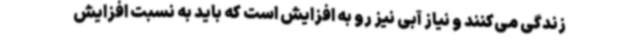
زندگی می‌کنند و نیاز آبی نیز رو به افزایش است که باید به نسبت افزایش